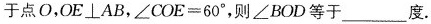
于点O，$$OE\botAB$$，$$\angle COE=60^{\circ}$$，则\angle BOD等于___度。